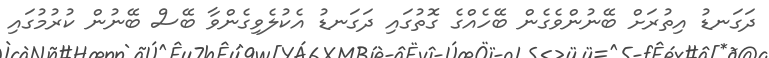
ދަގަނޑު އިތުރަށް ބޭނުންވެގެން ބޭހެއްގެ ގޮތުގައި ދަގަނޑު އެކުލެވިގެންވާ ބޭސް ބޭނުން ކުރުމުގައި